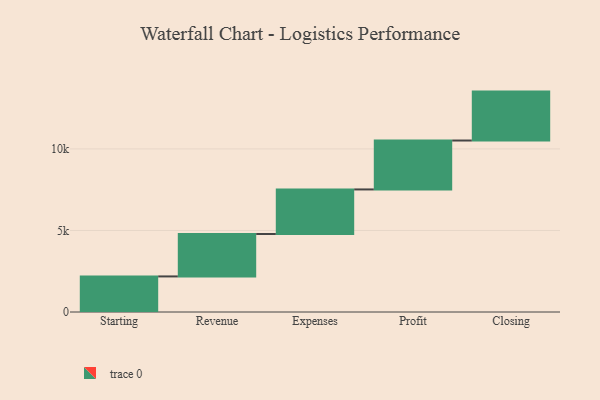
{"axis": {"x": "Step", "y": "Value"}, "legend": [""], "data": [{"x": "Starting", "y": 2182.0, "type": ""}, {"x": "Revenue", "y": 2601.0, "type": ""}, {"x": "Expenses", "y": 2733.0, "type": ""}, {"x": "Profit", "y": 3000, "type": ""}, {"x": "Closing", "y": 3000, "type": ""}]}